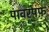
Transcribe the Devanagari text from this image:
पावरपफ